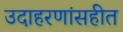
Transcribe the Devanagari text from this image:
उदाहरणांसहीत